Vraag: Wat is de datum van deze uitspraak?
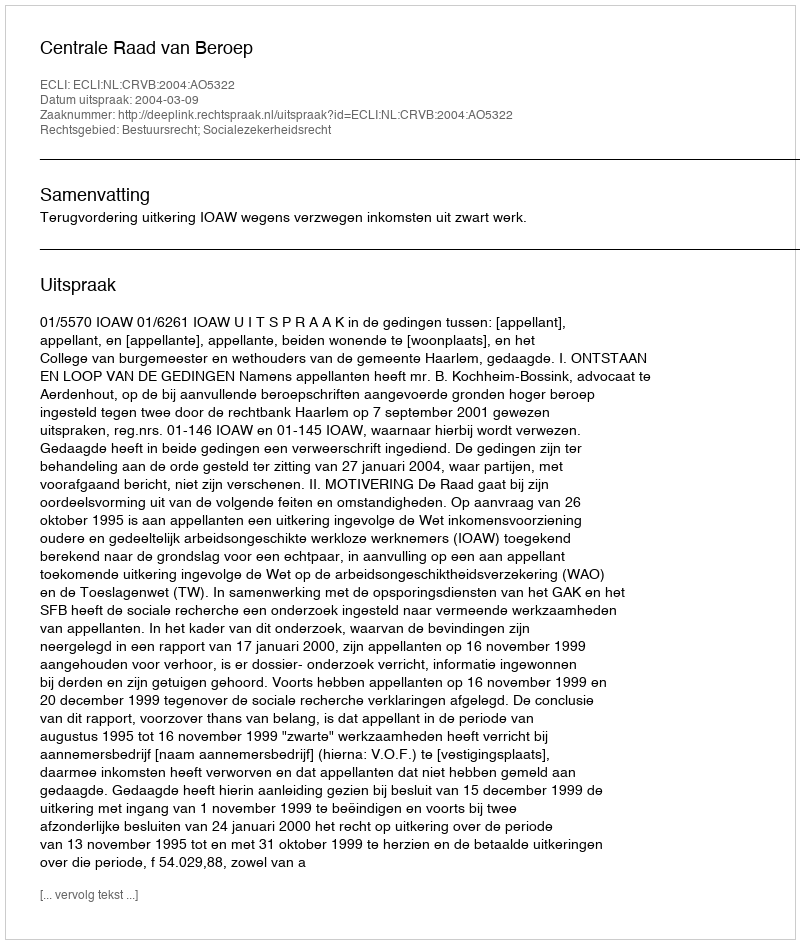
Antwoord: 2004-03-09